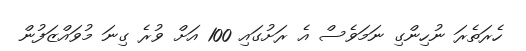
ހެރަތެރަ ނުހިންގި ނަމަވެސް އެ ރަށުގައި 100 އަށް ވުރެ ގިނަ މުވައްޒަފުން